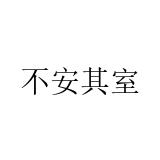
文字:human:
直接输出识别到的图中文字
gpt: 不安其室